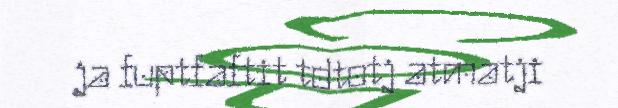
ja fuptfaftit tdtotj atmatji